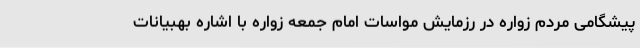
پیشگامی مردم زواره در رزمایش مواسات امام جمعه زواره با اشاره بهبیانات